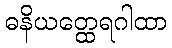
ဓနိယတ္ထေရဂါထာ